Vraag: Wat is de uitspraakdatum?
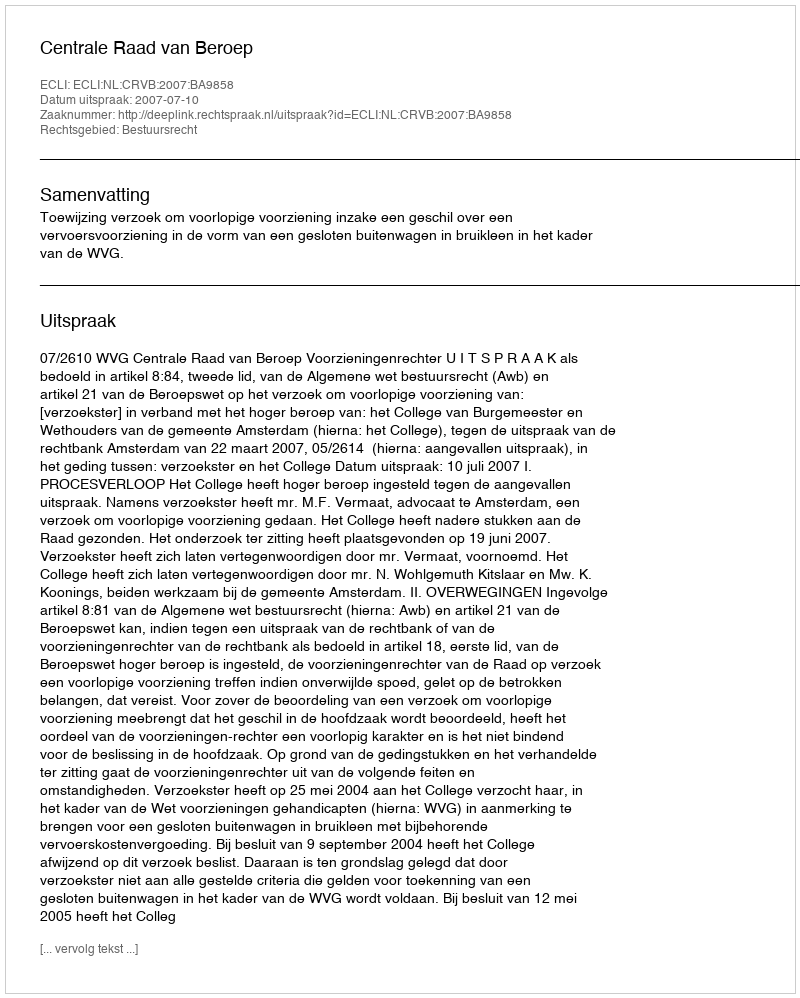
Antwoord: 2007-07-10